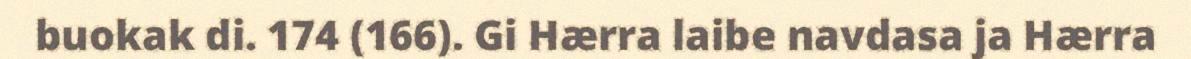
buokak di. 174 (166). Gi Hærra laibe navdasa ja Hærra